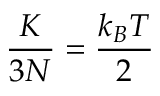
\displaystyle { \frac { K } { 3 N } } = { \frac { k _ { B } T } { 2 } }